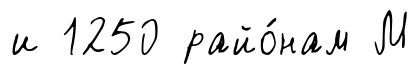
и 1250 райо́нам М